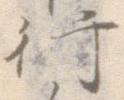
行